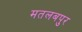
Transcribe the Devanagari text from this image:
मतलबपुर